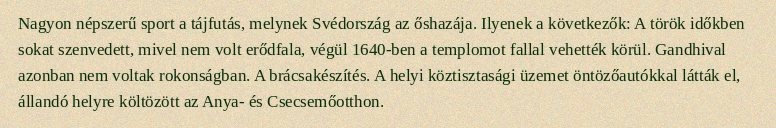
Nagyon népszerű sport a tájfutás, melynek Svédország az őshazája. Ilyenek a következők: A török időkben sokat szenvedett, mivel nem volt erődfala, végül 1640-ben a templomot fallal vehették körül. Gandhival azonban nem voltak rokonságban. A brácsakészítés. A helyi köztisztasági üzemet öntözőautókkal látták el, állandó helyre költözött az Anya- és Csecsemőotthon.